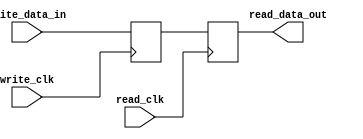
module dual_port_register(
  input wire write_clk,
  input wire read_clk,
  input wire [7:0] write_data_in,
  output reg [7:0] read_data_out
);

reg [7:0] storage_reg;

always @(posedge write_clk)
begin
  storage_reg <= write_data_in;
end

always @(posedge read_clk)
begin
  read_data_out <= storage_reg;
end

endmodule